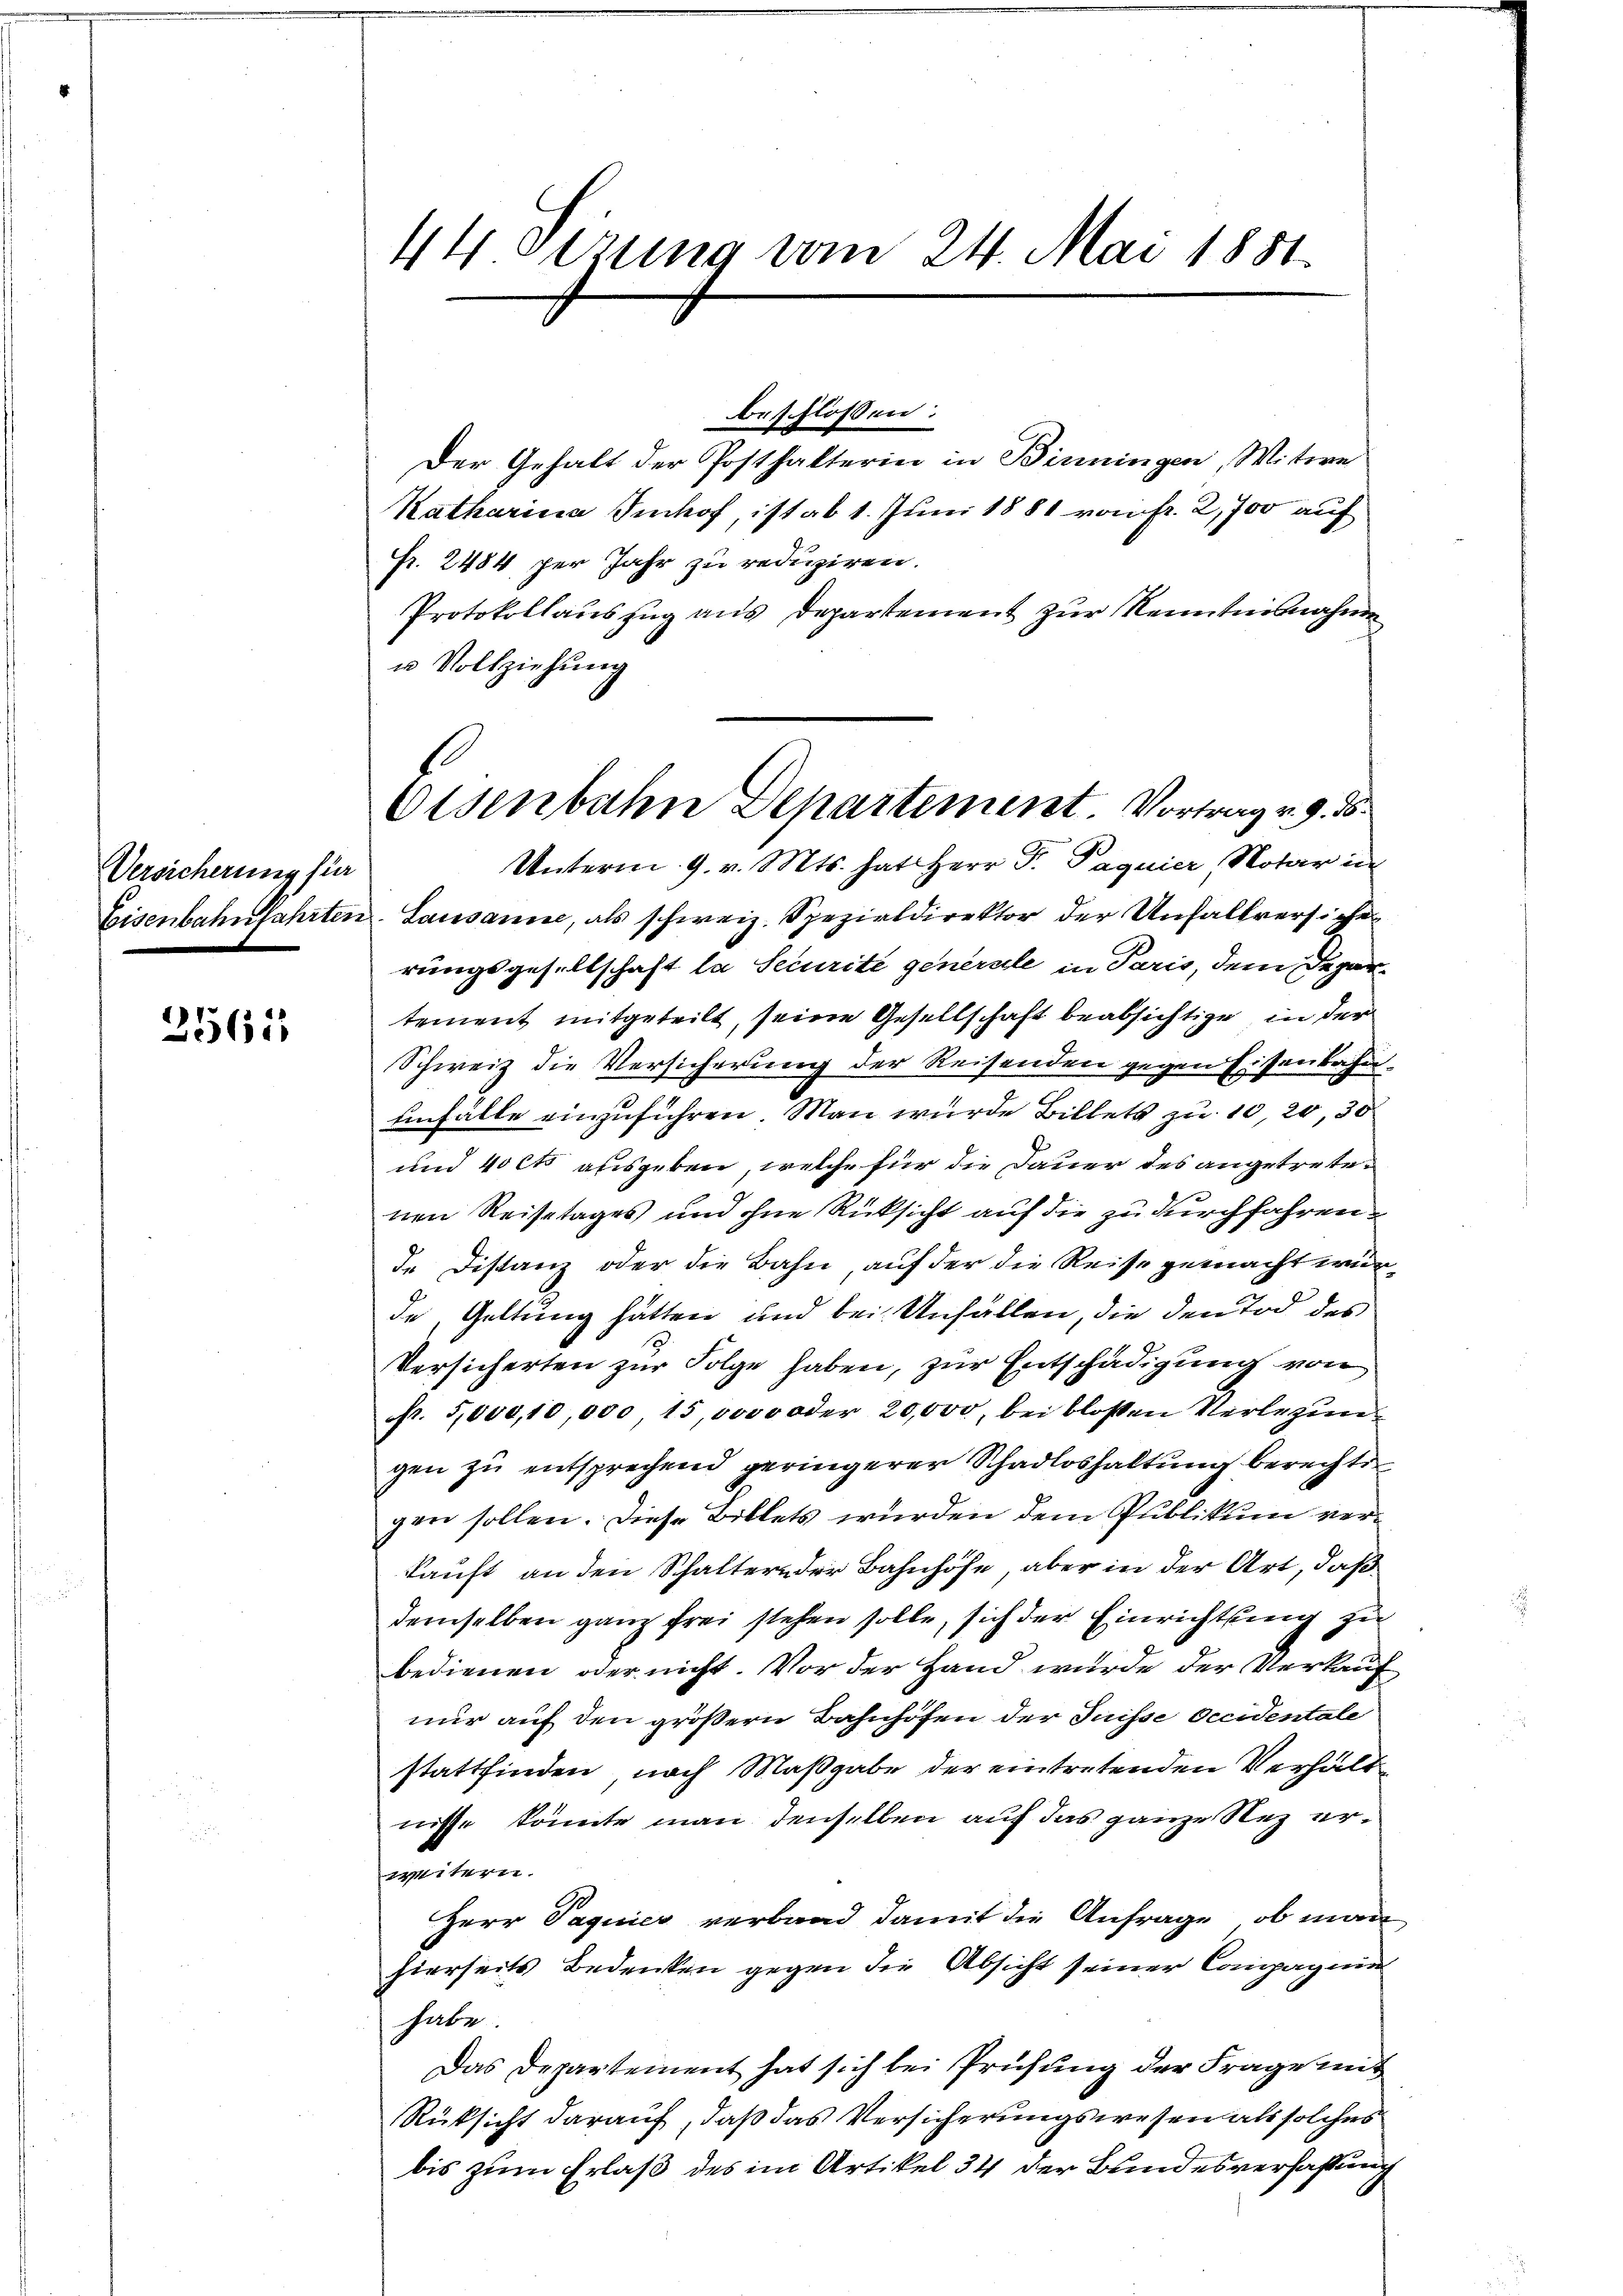
Versicherung für

2561

44 sezung vom 24. Mai 1881.

beschlossen:
Der Gehalt der Posthalterin in Birningen, Witwe
Katharina Imhof, ist ab 1. Juni 1881 von fr. 2,700 auf
Fr. 2484 per Jahr zu reduziren.
Protokollauszug aus Departement zur Kenntnisnahme
u Vollziehung

Eisenbahn Departement. Vortrag v. 9. d.

Unterm 9. v. Mts. hat Herr Dr. Paquier, Notar in
Eisenbahnfahrten. Lausanne, als schweiz. Spezialdirektor der Unfallversiche
rungsgesellschaft la Securite generale in Paris, dem Departement mitgeteilt, seine Gesellschaft beabsichtige in der
Schweiz die Versicherung der Reisenden gegen Eisenbahnenfalle einzuführen. Man wurde Billets zu 10, 20, 30
und 40 Cts ausgeben, welche für die Dauer des angetretenen Reisetages und ohne Rücksicht auf die zu durchfahren
de Distanz oder die Bahn, auf der die Reise gemacht wurde, Geltung hätten und bei Unfällen, die den Tod des
Versicherten zur Folge haben, zur Entschädigung von
Nr. 5,000,10,000, 15,0000 oder 20,000, bei bloßen Verlegungen zu entsprechend geringerer Schadloshaltung berechts
gen sollen. Diese Billets wurden dem Publikum verkauft an den Schaltern der Bahnhöfe, aber in der Art, daß
derselben ganz frei stehen solle, sich der Einrichtung zu
bedienen oder nicht. Vor der Hand wurde der Verkaufnur auf den größern Bahnhöfen der Suisse Occidentale
stattfinden, nach Maßgabe der eintretenden Verhältnisse könnte man denselben auf das ganze Rez ersaunen
Herr Paquier verband damit die Anfrage, ob man
hierseits Bedenken gegen die Absicht seiner Compagnie
habe.
Das Departement hat sich bei Prüfung der Frage mit
Rüksicht darauf, daß das Versicherungswesen als solches
bis zum Erlaß des im Artikel 34 der Bundesverfassung